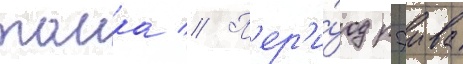
таика // П'ер'и́од рэива